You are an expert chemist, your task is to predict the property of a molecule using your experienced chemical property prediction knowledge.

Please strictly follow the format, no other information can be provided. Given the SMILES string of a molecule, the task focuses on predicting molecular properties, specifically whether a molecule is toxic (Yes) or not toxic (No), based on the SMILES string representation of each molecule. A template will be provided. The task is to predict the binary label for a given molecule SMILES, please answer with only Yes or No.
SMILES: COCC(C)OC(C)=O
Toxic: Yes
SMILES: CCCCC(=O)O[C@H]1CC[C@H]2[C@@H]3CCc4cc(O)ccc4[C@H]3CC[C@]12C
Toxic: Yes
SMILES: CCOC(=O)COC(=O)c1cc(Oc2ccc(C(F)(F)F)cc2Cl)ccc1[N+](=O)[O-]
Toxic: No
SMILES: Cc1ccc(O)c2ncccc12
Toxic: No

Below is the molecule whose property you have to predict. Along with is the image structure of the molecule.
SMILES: Cc1cccc(N)n1
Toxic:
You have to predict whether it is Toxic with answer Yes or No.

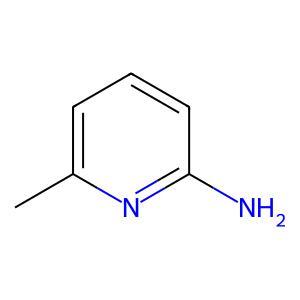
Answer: No